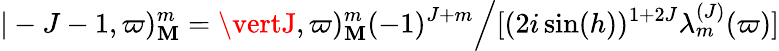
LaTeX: \vert-J-1,\varpi)_{\mathbf{M}}^{m}=\vertJ,\varpi)_{\mathbf{M}}^{m}(-1)^{J+m}\Bigl/[(2i\sin(h))^{1+2J}\lambda_{m}^{(J)}(\varpi)]